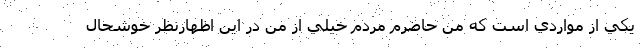
يكي از مواردي است كه من حاضرم مردم خيلي از من در اين اظهارنظر خوشحال